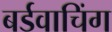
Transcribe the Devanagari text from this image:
बर्डवाचिंग